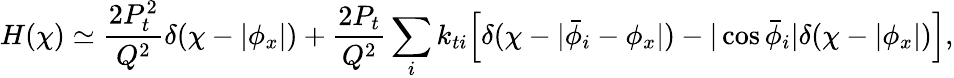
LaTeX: H(\chi)\simeq\frac{2P_{t}^{2}}{Q^{2}}\delta(\chi-|\phi_{x}|)+\frac{2P_{t}}{Q^{2}}\sum_{i}k_{ti}\Bigl[\delta(\chi-|\bar{\phi}_{i}-\phi_{x}|)-|\cos\bar{\phi}_{i}|\delta(\chi-|\phi_{x}|)\Bigr],